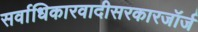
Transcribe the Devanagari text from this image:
सर्वाधिकारवादीसरकारजॉर्ज